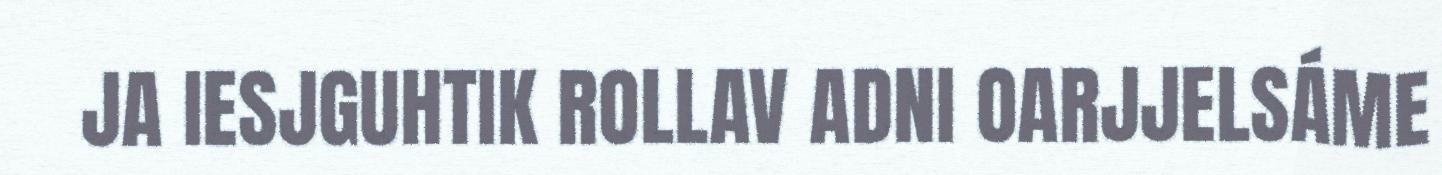
JA IESJGUHTIK ROLLAV ADNI OARJJELSÁME